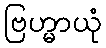
ဗြဟ္မာယုံ